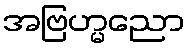
အဗြဟ္မညော